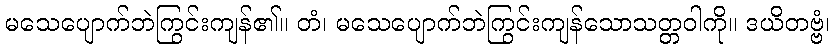
မသေပျောက်ဘဲကြွင်းကျန်၏။ တံ၊ မသေပျောက်ဘဲကြွင်းကျန်သောသတ္တဝါကို။ ဒယိတဗ္ဗံ၊